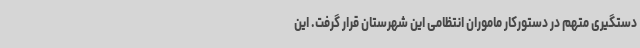
دستگیری متهم در دستورکار ماموران انتظامی این شهرستان قرار گرفت. این